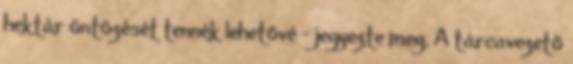
hektár öntözését tennék lehetővé - jegyezte meg. A tárcavezető